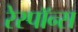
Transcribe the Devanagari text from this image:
रेस्पाॅन्स